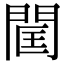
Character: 𨴑